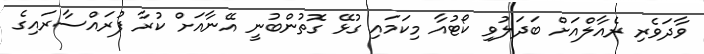
ވާދަވެރި ރެއާލްއަށް ބަދަލުވި ކޯޓުއާ މިކަމައި ގުޅޭ ގޮތުންބުނީ އޭނާއަށް ކުރާ ފުރައްސާރައިގެ